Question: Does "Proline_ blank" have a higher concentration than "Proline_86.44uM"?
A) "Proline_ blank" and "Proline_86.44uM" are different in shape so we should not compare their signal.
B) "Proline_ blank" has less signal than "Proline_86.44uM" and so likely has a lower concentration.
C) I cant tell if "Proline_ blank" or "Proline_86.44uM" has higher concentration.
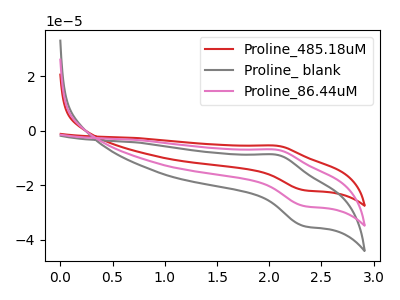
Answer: <think>The red curve "Proline_485.18uM" has an anodic peak at (2.10V, -13.90uA) and a cathodic peak at (2.35V, -55.10uA). The gray curve "Proline_ blank" has an anodic peak at (2.10V, -8.80uA) and a cathodic peak at (2.35V, -34.90uA). The pink curve "Proline_86.44uM" has an anodic peak at (2.10V, -6.95uA) and a cathodic peak at (2.35V, -27.55uA).
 All the peaks in "Proline_ blank" have a peak in "Proline_86.44uM" at the same potential.</think>
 <answer>C) I cant tell if "Proline_ blank" or "Proline_86.44uM" has higher concentration.</answer>
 <eval>C</eval>